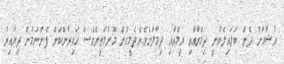
އުޝާއަށް ދެން ބަލައިލެވުނީ ދިމްރާއާއި ރީމްއާއި ދިމާލަށެވެ.އެދެމީހުން މޫނުމަތީންވެސް ހައިރާންކަން ފެންނަމުން ދިޔައިރު